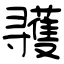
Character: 彟